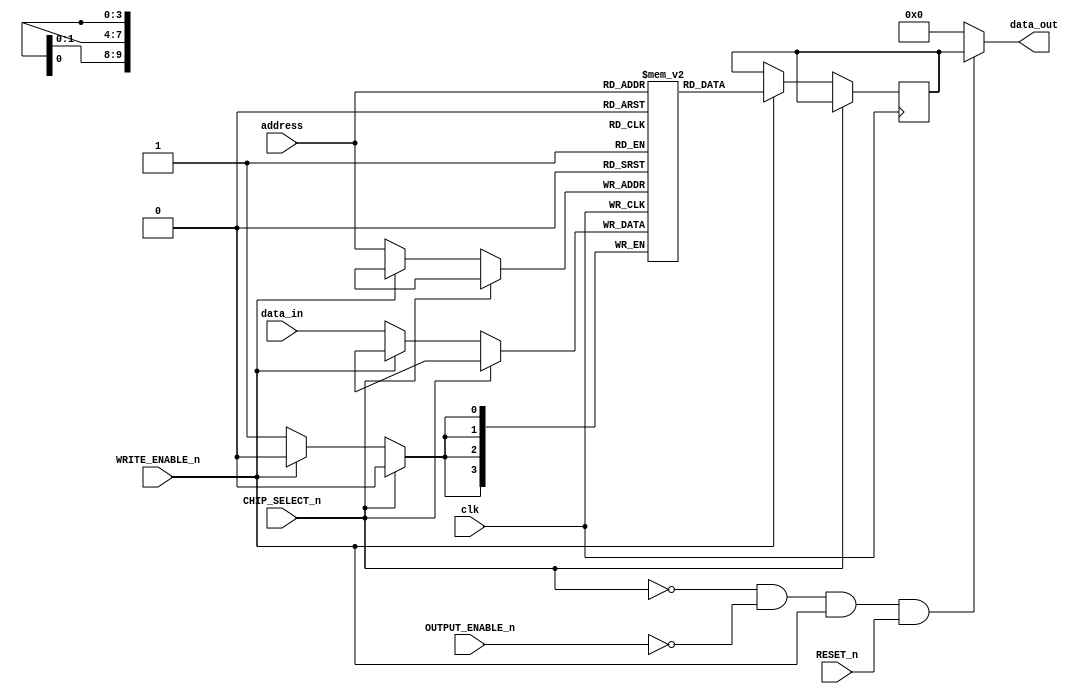
/*
Am9150 1024x4 High-Speed Static R/W RAM 

DISTINCTIVE CHARACTERISTICS
 1024 x 4 organization 
 High speed - 20 ns Max. access time 
 Separate data inputs and outputs 
 Memory reset function 
 High density SLIM 24-pin 300-MIL package 
 Three-state output buffers 
 Single + 5 V power supply  10% 
 Low-power version 

GENERAL DESCRIPTION

The Am9150 is a high-performance, static, n-channel, read/write, random-access memory organized as 1024 x 4. 
It features single 5 V supply operation, TTL-compatible input and output levels, and separate input and output pins for improved system performance and ease of use. 

The Am9150 also incorporates a reset feature which will reset the entire contents of the memory to logical LOW in two cycle times by controlling /R (RESET) and /S (CS). 
The Am9150 has four control signals /R, /S, /W and /G. 
The /S input controls read, write and reset operations of the device and provides for easy selection of an individual device when the outputs are tied together. 
The /W (/WE) input controls the normal read and write operations, and the /G (/OE) controls the state of the outputs. 

http://www.sintran.com/library/libother/extern/AM9150.pdf

*/

module Am9150 (    
    input wire        clk,          // Clock input (BLOCK RAM MUST HAVE CLOCK)
    input wire  [9:0] address,      // 10-bit address for 1024 locations
    input wire  [3:0] data_in,      // 4-bit data input (D0-D3)
    output wire [3:0] data_out,     // 4-bit data output (Q0-Q3)
    input wire WRITE_ENABLE_n,      // /W - Write Enable (active low)
    input wire CHIP_SELECT_n,       // /S - Chip Select (active low)
    input wire OUTPUT_ENABLE_n,     // /G - Output Enable (active low)
    input wire RESET_n              // /R - Reset (active low)
);
    integer i;

    reg [3:0] dataReg; // Output data

   /*******************************************************************************
   ** Memory array using block RAM                                               **
   *******************************************************************************/
   (* ram_style = "block" *) reg [3:0] memory_array [0:1023];        

    // Read, write and reset operations

    always @(posedge clk) begin
        if (!RESET_n) begin
                // Reset operation: set all memory locations to 0                   

                // NO CAN DO WITH BLOCK RAM!!

                /* verilator lint_off BLKSEQ */                
                //for (i = 0; i < 1024; i = i + 1) begin
                //    memory_array[i] = 4'b0000;
                //end
                //data_out = 4'b0; // High-impedance state during reset
                /* verilator lint_on BLKSEQ */
        end

        if (!CHIP_SELECT_n) begin
            if (!WRITE_ENABLE_n) begin                
                memory_array[address] <= data_in;  // Write operation: active when chip is selected and write enable is low            
            end else begin
                dataReg <= memory_array[address]; // Read operation: active when chip is selected and output enable is low 
            end
        end
        
    end

    // Read operation: active when chip is selected and output enable is low (and not writing or reset!)
    assign data_out = (!CHIP_SELECT_n & !OUTPUT_ENABLE_n & WRITE_ENABLE_n & RESET_n) ? dataReg : 4'b0; // High-impedance state when not reading

endmodule